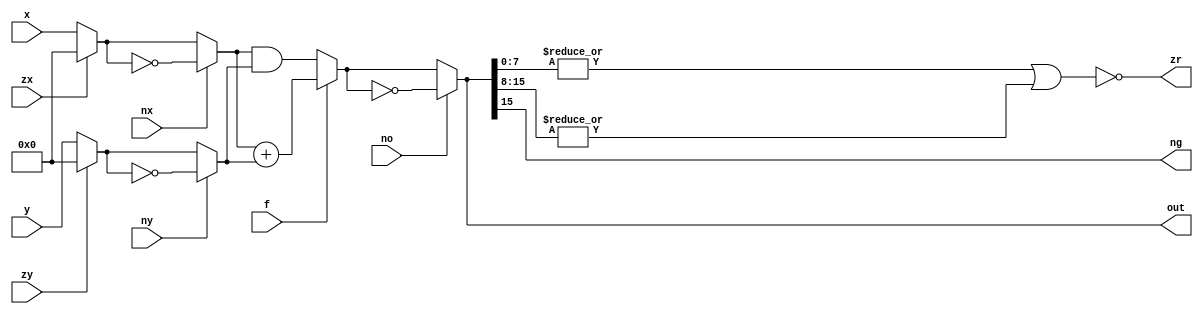
module ALU(x,y,zx,nx,zy,ny,f,no,out,zr,ng);
    input [15:0] x,y;
    input zx,nx,zy,ny,f,no;
    output [15:0] out;
    output zr,ng;

    wire [15:0] w1,w2;
    wire [15:0] notw1,w3;
    wire [15:0] notw2,w4;
    wire [15:0] xandy,addxy,w5;
    wire [15:0] notw5;
    wire [15:0] outbuffer;
    wire [7:0] out0to7,out8to15;
    wire or0to7,or8to15,or0to15;
    
    assign w1 = (zx == 1'b0) ? x : 16'b0000000000000000;
    assign w2 = (zy == 1'b0) ? y : 16'b0000000000000000;

    assign notw1 = ~w1;
    assign w3 = (nx == 1'b0) ? w1 : notw1;

    assign notw2 = ~w2;
    assign w4 = (ny == 1'b0) ? w2 : notw2;

    assign xandy = w3 & w4;

    assign addxy = w3 + w4;
    assign w5 = (f == 1'b0) ? xandy : addxy;

    assign notw5 = ~w5;
    assign outbuffer = (no == 1'b0) ? w5 : notw5;

    assign out = outbuffer;

    assign out0to7 = outbuffer[7:0];
    assign out8to15 = outbuffer[15:8];
    assign ng = outbuffer[15];

    assign or0to7 = |out0to7;
    assign or8to15 = |out8to15;
    assign or0to15 = or0to7 | or8to15;
    assign zr = ~or0to15;
endmodule